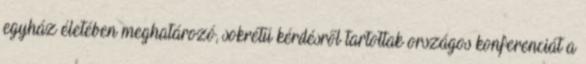
egyház életében meghatározó, sokrétű kérdésről tartottak országos konferenciát a